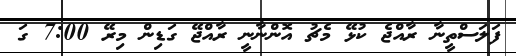
ފަލަސްތީނާ ރާއްޖެ ކުޅޭ މެޗު އޮންނާނީ ރާއްޖޭ ގަޑިން މިރޭ 7:00 ގަ